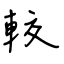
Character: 較